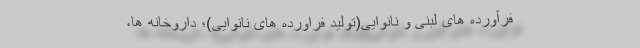
فرآورده های لبنی و نانوایی(تولید فراورده های نانوایی)؛ داروخانه ها،